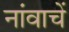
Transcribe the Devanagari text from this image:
नांवाचें